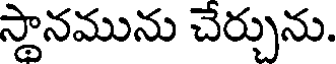
స్థానమును చేర్చును.